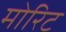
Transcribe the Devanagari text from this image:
मोरिट